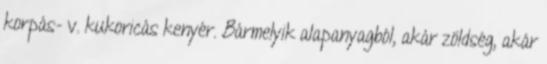
korpás- v. kukoricás kenyér. Bármelyik alapanyagból, akár zöldség, akár